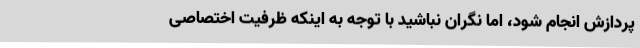
پردازش انجام شود، اما نگران نباشید با توجه به اینکه ظرفیت اختصاصی